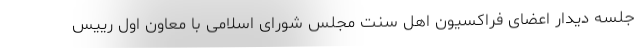
جلسه دیدار اعضای فراکسیون اهل سنت مجلس شورای اسلامی با معاون اول رییس